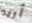
أريد